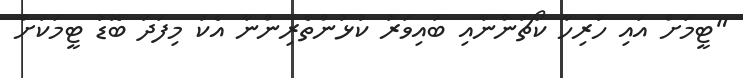
"ޓީމަށް އައި ހުރިހާ ކޯޗުންނާއި ބައިވަރު ކުޅުންތެރިންނާ އެކު މިފަދަ ބޮޑު ޓީމަކަށް